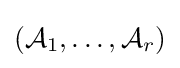
({\mathcal {A}}_{1},\dots ,{\mathcal {A}}_{r})